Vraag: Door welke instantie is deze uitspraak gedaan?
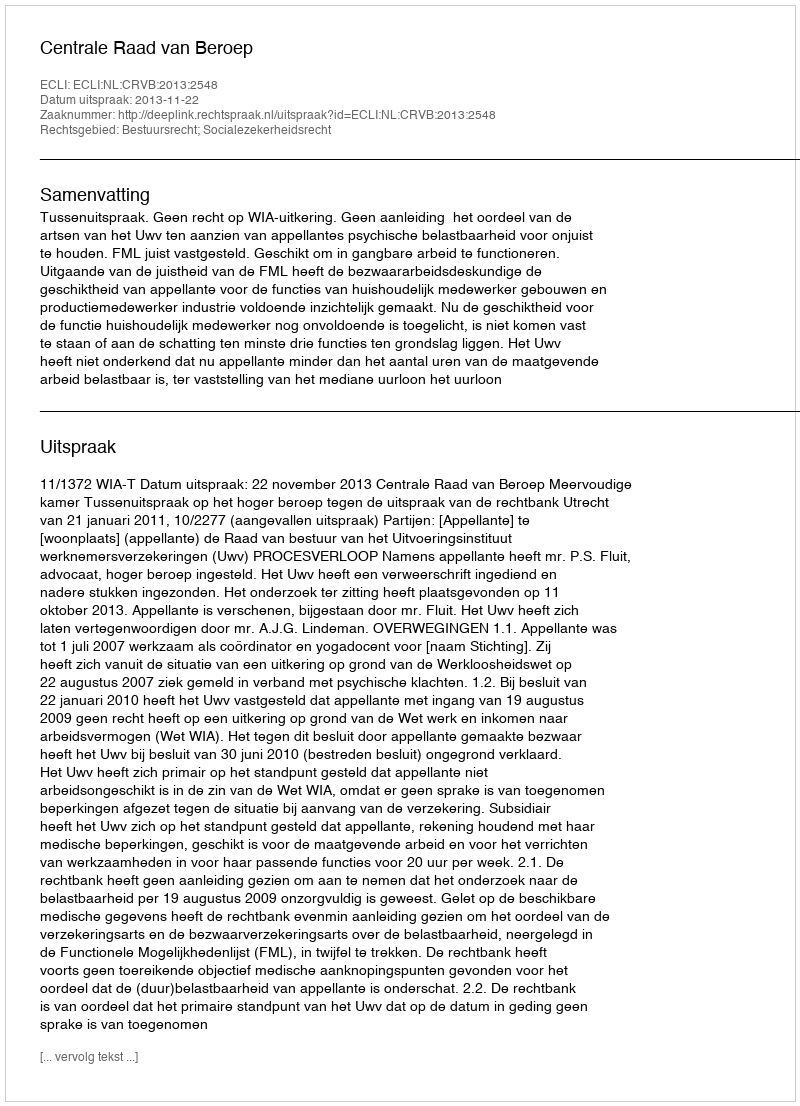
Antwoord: Centrale Raad van Beroep